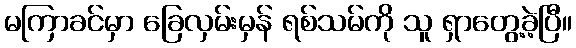
မကြာခင်မှာ ခြေလှမ်းမှန် ရစ်သမ်ကို သူ ရှာတွေ့ခဲ့ပြီ။